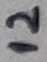
Text: 12